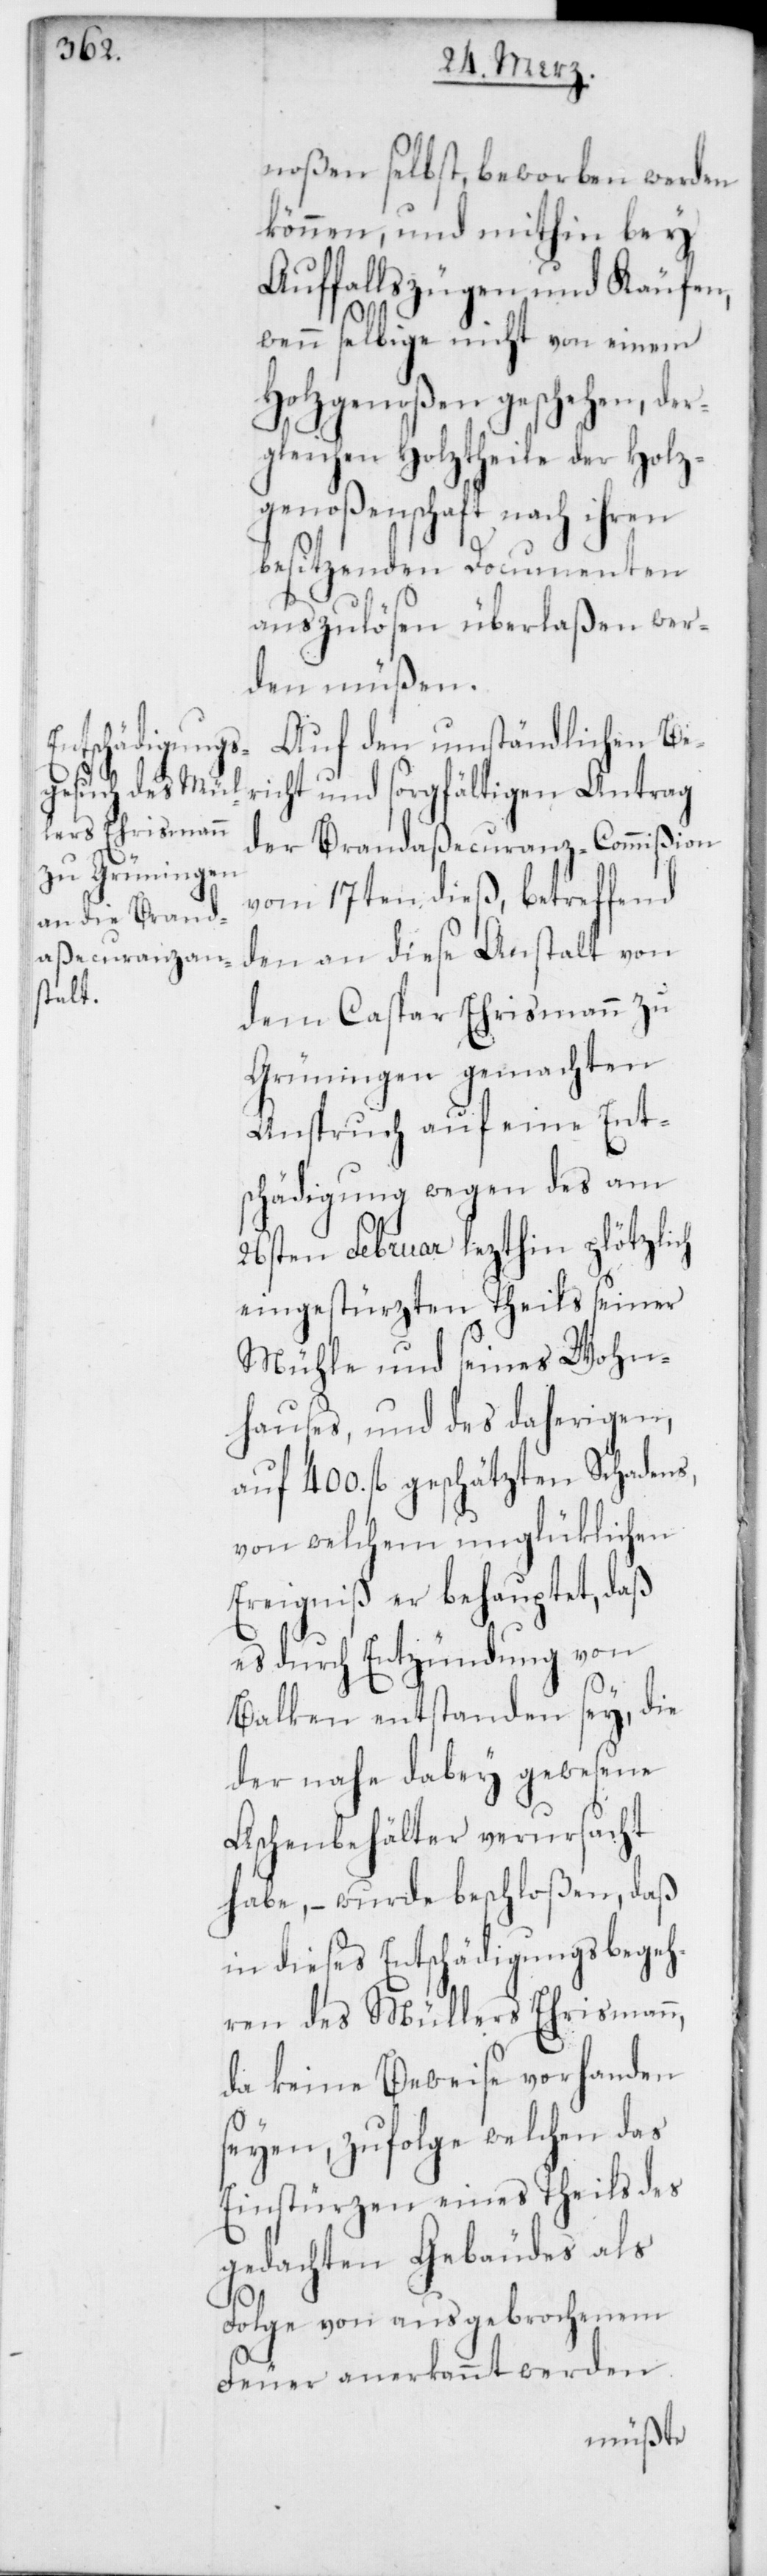
noßen selbst, beworben werden
können, und mithin bey
Auffallszügen und Käufen,
wenn selbige nicht von einem
Holzgenoßen geschehen, der¬
gleichen Holztheile der Holz¬
genoßenschaft nach ihren
besitzenden Documenten
auszulösen überlaßen wer¬
den müßen.
Auf den umständlichen Be¬
richt und sorgfältigen Antrag
der Brandaßecuranz-Commißion
vom 17ten dieß, betreffend
den an diese Anstalt von
dem Caspar Ehrismann zu
Grüningen gemachten
Anspruch auf eine Ent¬
schädigung wegen des am
26sten Februar lezthin plötzlich
eingestürzten Theils seiner
Mühle und seines Wohn¬
hauses, und des daherigen
auf 400. fl. geschätzten Schadens,
von welchem unglüklichen
Ereigniß er behauptet, daß
es durch Entzündung von
Balken entstanden sey, die
der nahe dabey gewesene
Aschenbehälter verursacht
habe, – wurde beschloßen, daß
in dieses Entschädigungsbegeh¬
ren des Müllers Ehrismann,
da keine Beweise vorhanden
seyen, zufolge welchen das
Einstürzen eines Theils des
gedachten Gebäudes als
Folge von ausgebrochenem
Feuer anerkannt werden